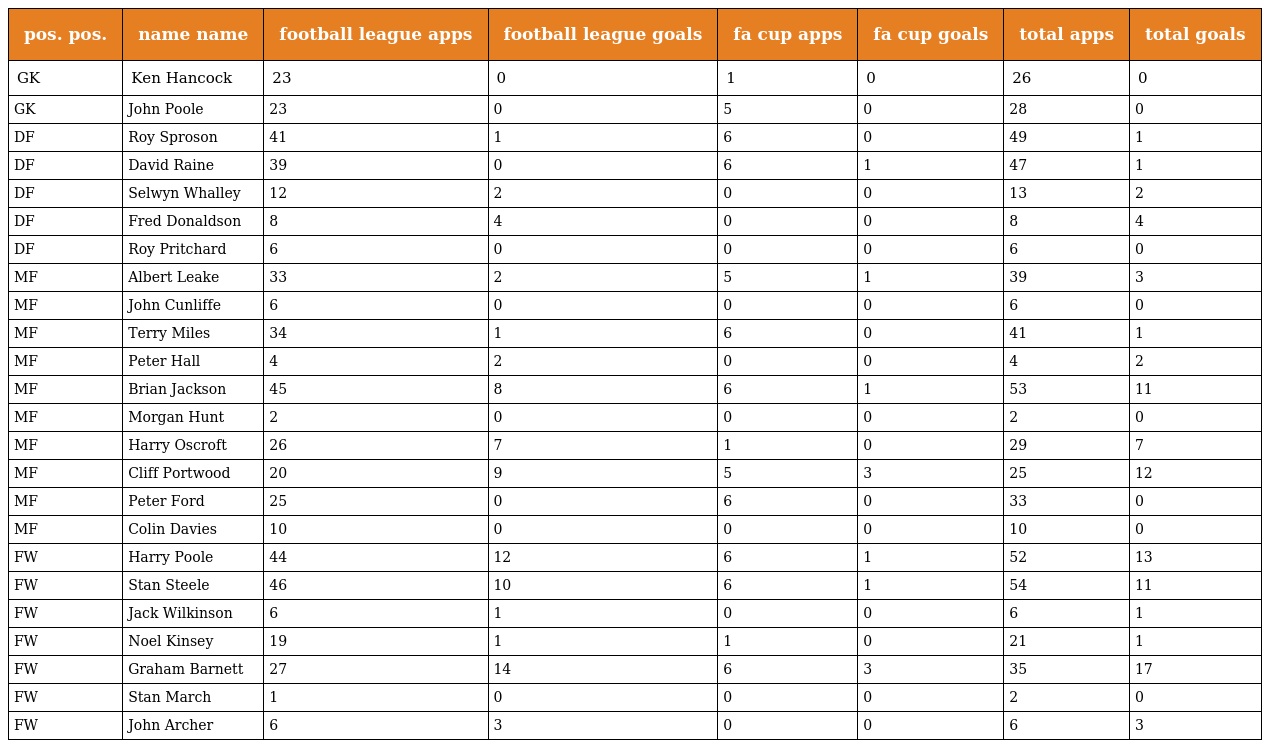
| pos. pos. | name name | football league apps | football league goals | fa cup apps | fa cup goals | total apps | total goals |
 | --- | --- | --- | --- | --- | --- | --- | --- |
 | GK | Ken Hancock | 23 | 0 | 1 | 0 | 26 | 0 |
 | GK | John Poole | 23 | 0 | 5 | 0 | 28 | 0 |
 | DF | Roy Sproson | 41 | 1 | 6 | 0 | 49 | 1 |
 | DF | David Raine | 39 | 0 | 6 | 1 | 47 | 1 |
 | DF | Selwyn Whalley | 12 | 2 | 0 | 0 | 13 | 2 |
 | DF | Fred Donaldson | 8 | 4 | 0 | 0 | 8 | 4 |
 | DF | Roy Pritchard | 6 | 0 | 0 | 0 | 6 | 0 |
 | MF | Albert Leake | 33 | 2 | 5 | 1 | 39 | 3 |
 | MF | John Cunliffe | 6 | 0 | 0 | 0 | 6 | 0 |
 | MF | Terry Miles | 34 | 1 | 6 | 0 | 41 | 1 |
 | MF | Peter Hall | 4 | 2 | 0 | 0 | 4 | 2 |
 | MF | Brian Jackson | 45 | 8 | 6 | 1 | 53 | 11 |
 | MF | Morgan Hunt | 2 | 0 | 0 | 0 | 2 | 0 |
 | MF | Harry Oscroft | 26 | 7 | 1 | 0 | 29 | 7 |
 | MF | Cliff Portwood | 20 | 9 | 5 | 3 | 25 | 12 |
 | MF | Peter Ford | 25 | 0 | 6 | 0 | 33 | 0 |
 | MF | Colin Davies | 10 | 0 | 0 | 0 | 10 | 0 |
 | FW | Harry Poole | 44 | 12 | 6 | 1 | 52 | 13 |
 | FW | Stan Steele | 46 | 10 | 6 | 1 | 54 | 11 |
 | FW | Jack Wilkinson | 6 | 1 | 0 | 0 | 6 | 1 |
 | FW | Noel Kinsey | 19 | 1 | 1 | 0 | 21 | 1 |
 | FW | Graham Barnett | 27 | 14 | 6 | 3 | 35 | 17 |
 | FW | Stan March | 1 | 0 | 0 | 0 | 2 | 0 |
 | FW | John Archer | 6 | 3 | 0 | 0 | 6 | 3 |